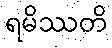
ရမိဿတိ